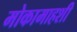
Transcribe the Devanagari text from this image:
मोकामाहशी